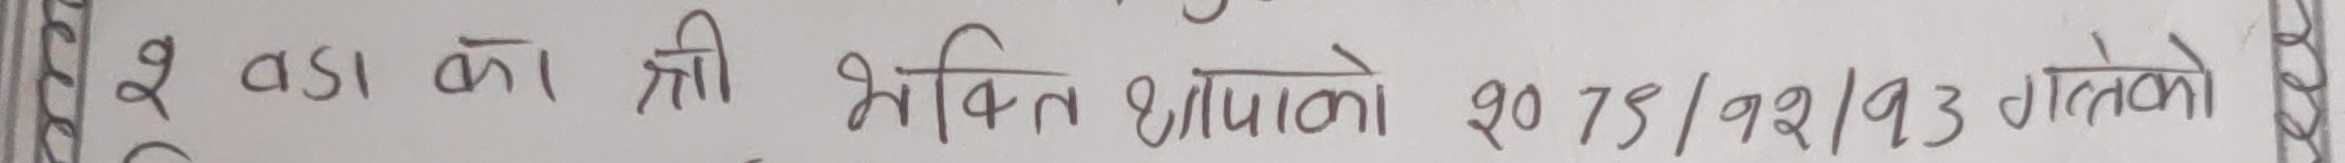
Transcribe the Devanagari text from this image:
१ वडा का श्री भक्ति धिमिरेको २०७९/१२/१३ गतेको